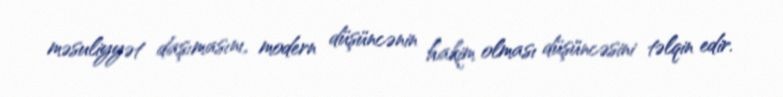
məsuliyyət daşımasını, modern düşüncənin hakim olması düşüncəsini təlqin edir.